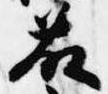
藤